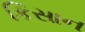
કિસાન